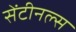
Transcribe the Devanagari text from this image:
सेंटीनल्स